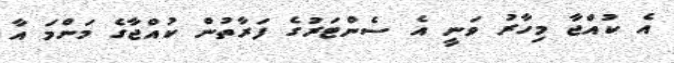
އެ ކުއްޖާ މިހާރު ވަނީ އެ ސެންޓަރުގެ ފަރާތުން ކުއްޖާގެ މަންމަ އާ